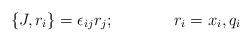
LaTeX: \begin{align*}\{J, r_i\} = \epsilon_{ij}r_j; \hskip 1.5cm r_i = x_i, q_i \end{align*}